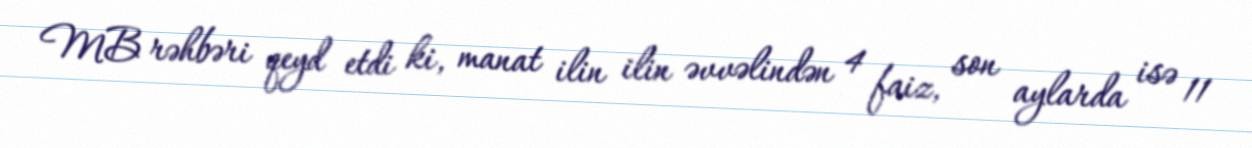
MB rəhbəri qeyd etdi ki, manat ilin ilin əvvəlindən 4 faiz, son aylarda isə 11